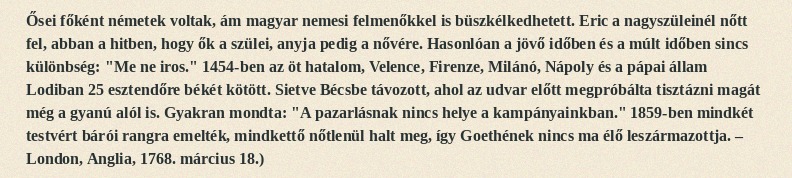
Ősei főként németek voltak, ám magyar nemesi felmenőkkel is büszkélkedhetett. Eric a nagyszüleinél nőtt fel, abban a hitben, hogy ők a szülei, anyja pedig a nővére. Hasonlóan a jövő időben és a múlt időben sincs különbség: "Me ne iros." 1454-ben az öt hatalom, Velence, Firenze, Milánó, Nápoly és a pápai állam Lodiban 25 esztendőre békét kötött. Sietve Bécsbe távozott, ahol az udvar előtt megpróbálta tisztázni magát még a gyanú alól is. Gyakran mondta: "A pazarlásnak nincs helye a kampányainkban." 1859-ben mindkét testvért bárói rangra emelték, mindkettő nőtlenül halt meg, így Goethének nincs ma élő leszármazottja. – London, Anglia, 1768. március 18.)